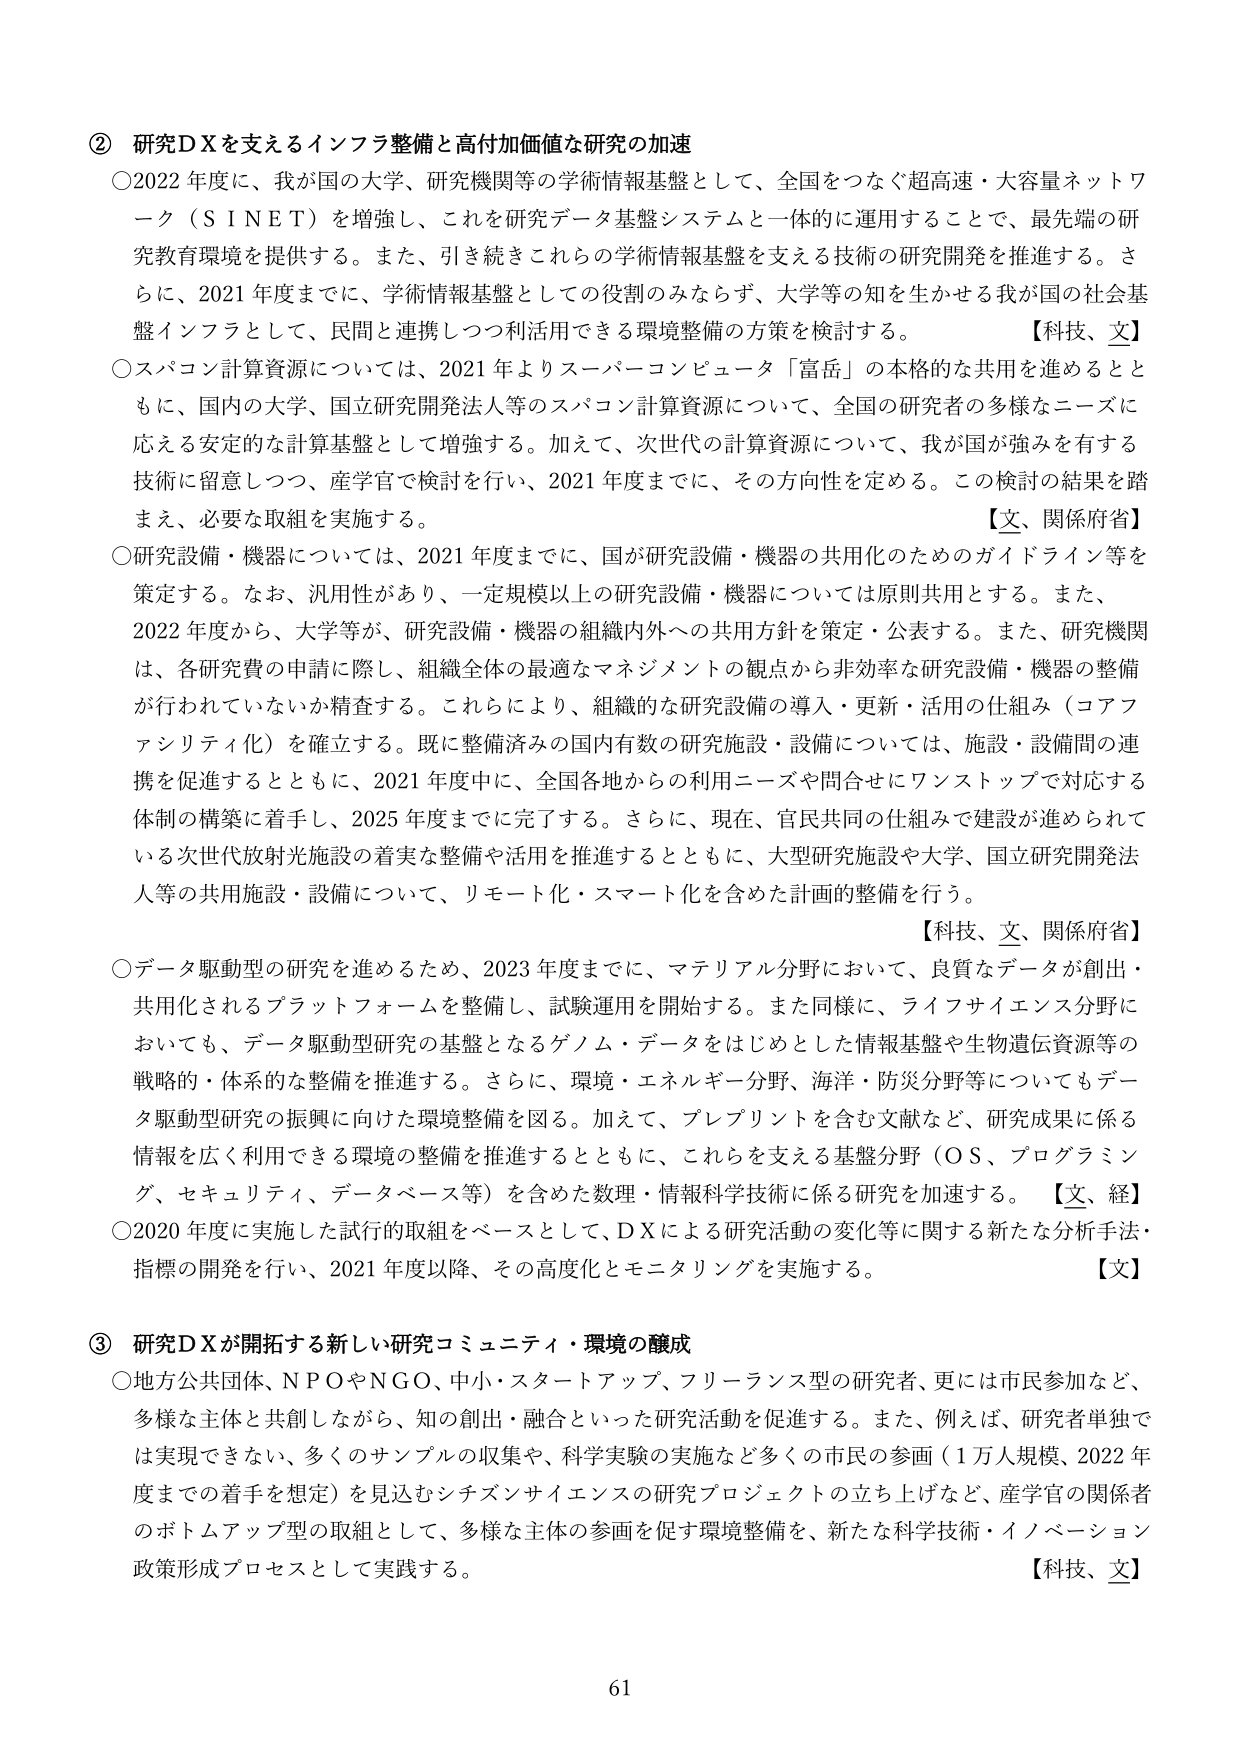
② 研究DXを支えるインフラ整備と高付加価値な研究の加速
○2022年度に、我が国の大学、研究機関等の学術情報基盤として、全国をつなぐ超高速・大容量ネットワーク（SINET）を増強し、これを研究データ基盤システムと一体的に運用することで、最先端の研究教育環境を提供する。また、引き続きこれらの学術情報基盤を支える技術の研究開発を推進する。さらに、2021年度までに、学術情報基盤としての役割のみならず、大学等の知を生かせる我が国の社会基盤インフラとして、民間と連携しつつ利活用できる環境整備の方策を検討する。【科技、文】
○スパコン計算資源については、2021年よりスーパーコンピュータ「富岳」の本格的な共用を進めるとともに、国内の大学、国立研究開発法人等のスパコン計算資源について、全国の研究者の多様なニーズに応える安定的な計算基盤として増強する。加えて、次世代の計算資源について、我が国が強みを有する技術に留意しつつ、産学官で検討を行い、2021年度までに、その方向性を定める。この検討の結果を踏まえ、必要な取組を実施する。【文、関係府省】
○研究設備・機器については、2021年度までに、国が研究設備・機器の共用化のためのガイドライン等を策定する。なお、汎用性があり、一定規模以上の研究設備・機器については原則共用とする。また、2022年度から、大学等が、研究設備・機器の組織内外への共用方針を策定・公表する。また、研究機関は、各研究費の申請に際し、組織全体の最適なマネジメントの観点から非効率な研究設備・機器の整備が行われていないか精査する。これにより、組織的な研究設備の導入・更新・活用の仕組み（コアファシリティ化）を確立する。既に整備済みの国内有数の研究施設・設備については、施設・設備間の連携を促進するとともに、2021年度中に、全国各地からの利用ニーズや問合せにワンストップで対応する体制の構築に着手し、2025年度までに完了する。さらに、現在、官民共同の仕組みで建設が進められている次世代放射光施設の着実な整備や活用を推進するとともに、大型研究施設や大学、国立研究開発法人等の共用施設・設備について、リモート化・スマート化を含めた計画的整備を行う。【科技、文、関係府省】
○データ駆動型の研究を進めるため、2023年度までに、マテリアル分野において、良質なデータが創出・共用化されるプラットフォームを整備し、試験運用を開始する。また同様に、ライフサイエンス分野においても、データ駆動型研究の基盤となるゲノム・データをはじめとした情報基盤や生物遺伝資源等の戦略的・体系的な整備を推進する。さらに、環境・エネルギー分野、海洋・防災分野等についてもデータ駆動型研究の振興に向けた環境整備を図る。加えて、プレプリントを含む文献など、研究成果に係る情報を広く利用できる環境の整備を推進するとともに、これらを支える基盤分野（OS、プログラミング、セキュリティ、データベース等）を含めた数理・情報科学技術に係る研究を加速する。【文、経】
○2020年度に実施した試行的取組をベースとして、DXによる研究活動の変化等に関する新たな分析手法・指標の開発を行い、2021年度以降、その高度化とモニタリングを実施する。【文】

③ 研究DXが開拓する新しい研究コミュニティ・環境の醸成
○地方公共団体、NPOやNGO、中小・スタートアップ、フリーランス型の研究者、更には市民参加など、多様な主体と共創しながら、知の創出・融合といった研究活動を促進する。また、例えば、研究者単独では実現できない、多くのサンプルの収集や、科学実験の実施など多くの市民の参画（1万人規模、2022年度までの着手を想定）を見込むシチズンサイエンスの研究プロジェクトの立ち上げなど、産学官の関係者のボトムアップ型の取組として、多様な主体の参画を促す環境整備を、新たな科学技術・イノベーション政策形成プロセスとして実践する。【科技、文】

61